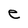
Character: e